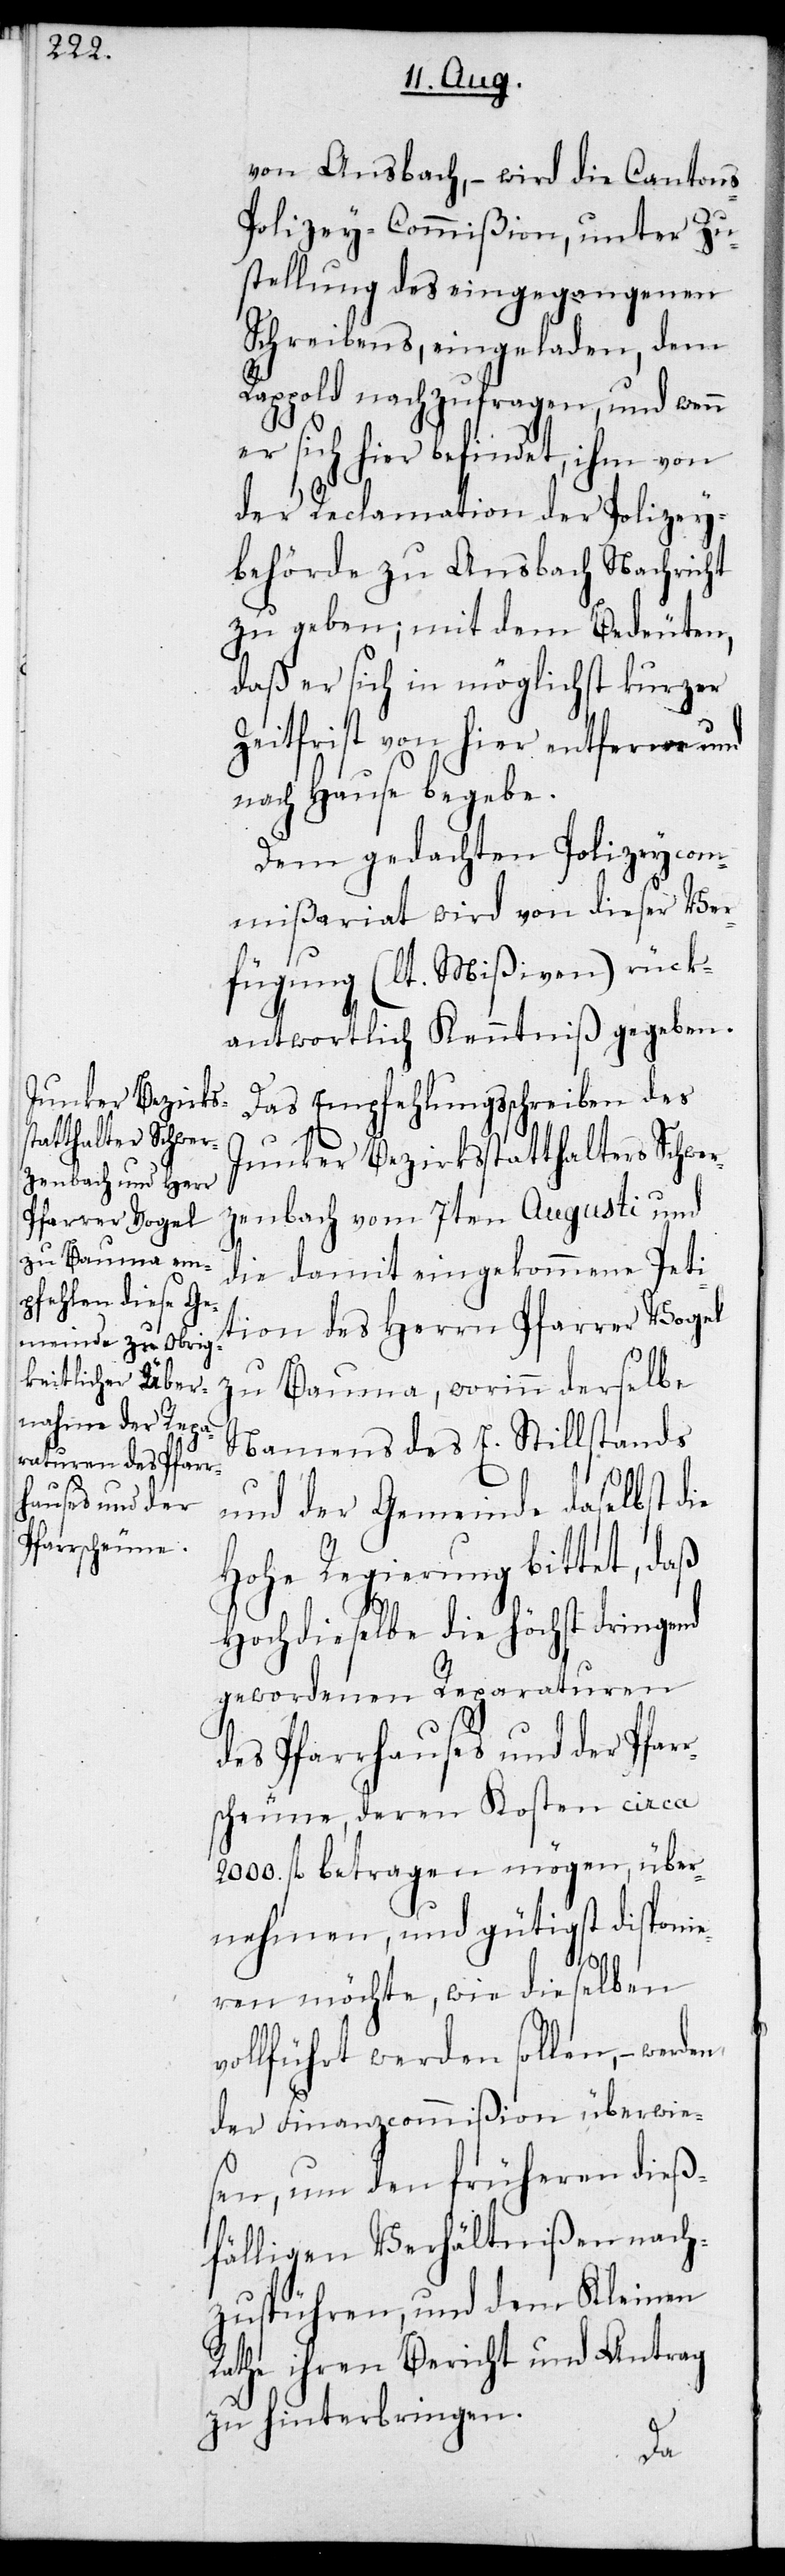
von Ansbach, – wird die Cantons¬
polizey-Commißion, unter Zu¬
stellung des eingegangenen
Schreibens, eingeladen, dem
Rappold nachzufragen, und wenn
er sich hier befindet, ihm von
der Reclamation der Polizey¬
behörde zu Ansbach Nachricht
zu geben; mit dem Bedeuten,
daß er sich in möglichst kurzer
Zeitfrist von hier entfernen und
nach Hause begebe.
Dem gedachten Polizeycom¬
mißariat wird von dieser Ver¬
fügung (lt. Mißiven) rück¬
antwortlich Kenntniß gegeben.
Das Empfehlungsschreiben des
Junker Bezirksstatthalters Schwer¬
zenbach vom 7ten Augusti und
die damit eingekommene Peti¬
tion des Herrn Pfarrer Vogel
zu Bauma, worinn derselbe
Namens des E. Stillstandes
und der Gemeinde daselbst die
Hohe Regierung bittet, daß
Hochdieselbe die höchst dringend
gewordenen Reparaturen
des Pfarrhauses und der Pfar¬
rscheune, deren Kosten circa
2000. fl. betragen mögen, über¬
nehmen, und gütigst disponie¬
den
ren möchte, wie dieselben
vollführt werden sollen, – wer¬
der Finanzcommißion überwie¬
sen, um den früheren dieß¬
fälligen Verhältnißen nach¬
zuspühren, und dem Kleinen
Rathe ihren Bericht und Antrag
zu hinterbringen.